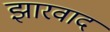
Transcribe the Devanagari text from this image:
झारवाद